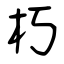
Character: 朽